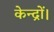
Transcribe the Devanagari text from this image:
केन्द्रों।